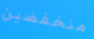
منخفضين